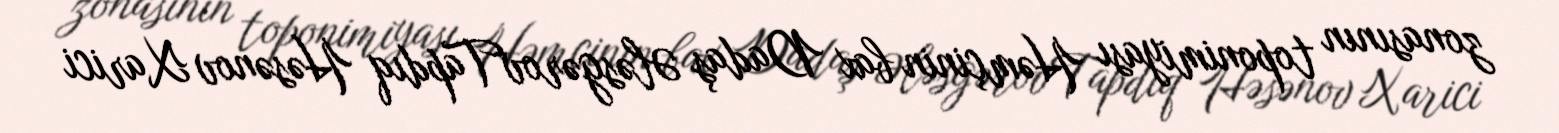
zonasının toponimiyası Həmçinin bax Dadaş ƏləsgərovTapdıq Həsənov Xarici